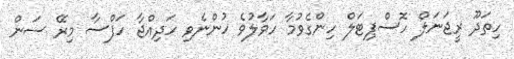
ހިތަދޫ ރީޖަނަލް ހޮސްޕިޓަލް ހިންގެވުމާ ހަވާލުވެ ހުންނެވި ހަދިއްޖާ ހަފްސާ މިރޭ ސަން